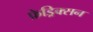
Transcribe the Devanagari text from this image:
फ्रेड्रिक्सन